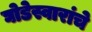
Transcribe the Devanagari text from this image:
घोडेस्वारांचे